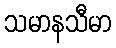
သမာနသီမာ